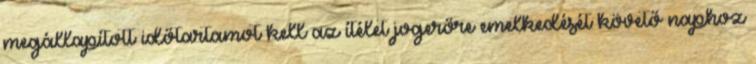
megállapított időtartamot kell az ítélet jogerőre emelkedését követő naphoz